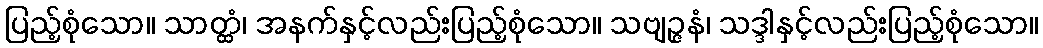
ပြည့်စုံသော။ သာတ္ထံ၊ အနက်နှင့်လည်းပြည့်စုံသော။ သဗျဉ္ဇနံ၊ သဒ္ဒါနှင့်လည်းပြည့်စုံသော။